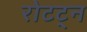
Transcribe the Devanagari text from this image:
रोटट्न